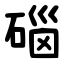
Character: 碯